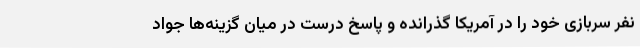
نفر سربازی خود را در آمریکا گذرانده و پاسخ درست در میان گزینه‌ها جواد